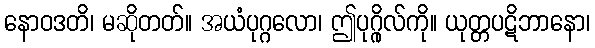
နောဝဒတိ၊ မဆိုတတ်။ အယံပုဂ္ဂလော၊ ဤပုဂ္ဂိုလ်ကို။ ယုတ္တပဋိဘာနော၊